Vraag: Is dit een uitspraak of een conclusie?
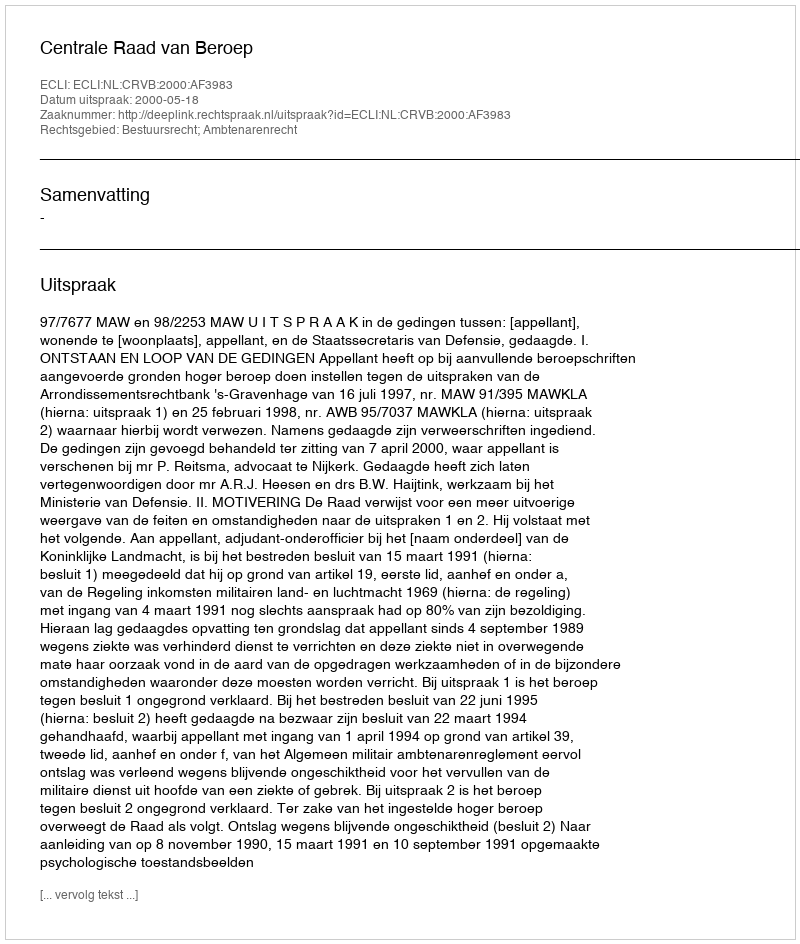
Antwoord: Uitspraak